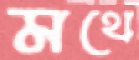
মথে